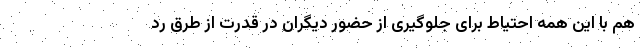
هم با این همه احتیاط برای جلوگیری از حضور دیگران در قدرت از طرق رد